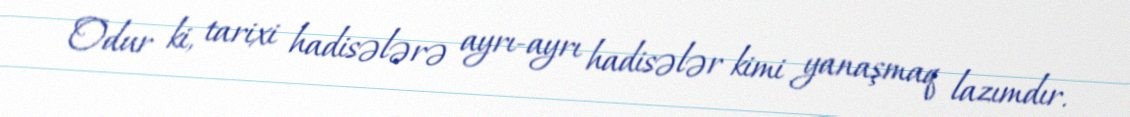
Odur ki, tarixi hadisələrə ayrı-ayrı hadisələr kimi yanaşmaq lazımdır.